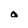
Character: a